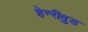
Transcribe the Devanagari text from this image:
हेन्‍रीवुड